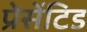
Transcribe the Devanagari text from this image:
प्रेसेंटिड